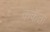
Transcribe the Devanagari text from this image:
ककेता